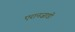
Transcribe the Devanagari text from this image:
एरानज़ाडी